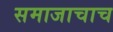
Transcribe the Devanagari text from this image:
समाजाचाच